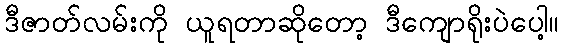
ဒီဇာတ်လမ်းကို ယူရတာဆိုတော့ ဒီကျောရိုးပဲပေါ့။